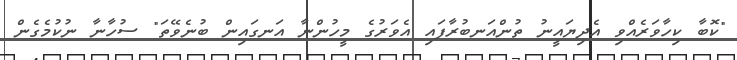
"ކޮބާ ކިހާވަރެއްވި އެދިޔައީނު ތުންއަނބުރާފައި އެވަރުގެ މީހުންނާ އަނގައިން ބުނެވޭތަ" ސުހާނާ ނުކުމެގެން